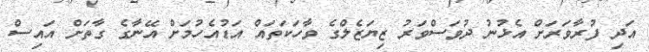
އަދި ފުރާވަރަށް އެޅުނު ދުވަސްވަރު ޒިޔަޒެލްގެ ވާހަކަތައް އަޑުއެހުމަށް އޭނާގެ ގާތަށް އައިސް